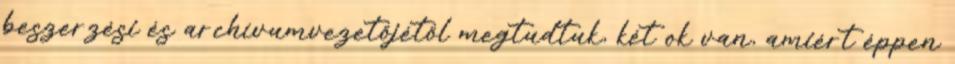
beszerzési és archívumvezetőjétől megtudtuk, két ok van, amiért éppen